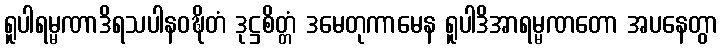
ရူပါရမ္မဏာဒိရသပါနဝဍ္ဎိတံ ဒုဋ္ဌစိတ္တံ ဒမေတုကာမေန ရူပါဒိအာရမ္မဏတော အပနေတွာ